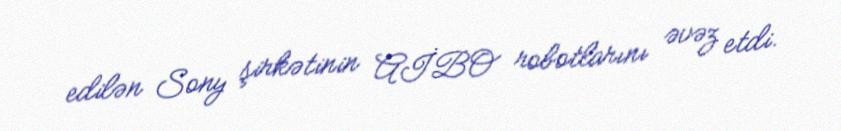
edilən Sony şirkətinin AİBO robotlarını əvəz etdi.